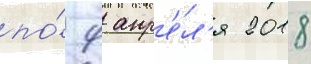
по́ 9 апр'е́л'я 2018